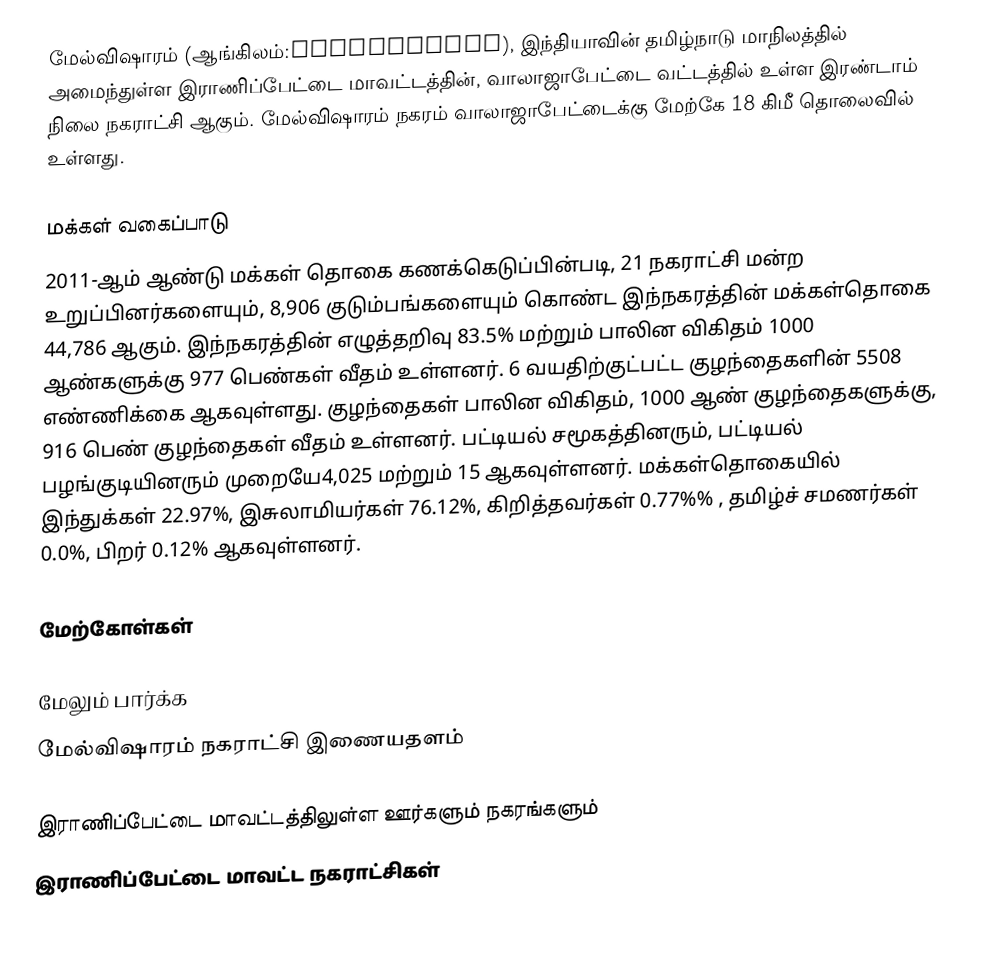
மேல்விஷாரம் (ஆங்கிலம்:Melvisharam), இந்தியாவின் தமிழ்நாடு மாநிலத்தில் அமைந்துள்ள இராணிப்பேட்டை மாவட்டத்தின், வாலாஜாபேட்டை வட்டத்தில் உள்ள இரண்டாம் நிலை நகராட்சி ஆகும். மேல்விஷாரம் நகரம் வாலாஜாபேட்டைக்கு  மேற்கே 18 கிமீ தொலைவில் உள்ளது.

மக்கள் வகைப்பாடு
2011-ஆம் ஆண்டு மக்கள் தொகை கணக்கெடுப்பின்படி, 21 நகராட்சி மன்ற உறுப்பினர்களையும், 8,906 குடும்பங்களையும் கொண்ட இந்நகரத்தின் மக்கள்தொகை 44,786  ஆகும். இந்நகரத்தின் எழுத்தறிவு 83.5% மற்றும் பாலின விகிதம் 1000 ஆண்களுக்கு 977 பெண்கள் வீதம் உள்ளனர். 6 வயதிற்குட்பட்ட குழந்தைகளின் 5508  எண்ணிக்கை ஆகவுள்ளது. குழந்தைகள் பாலின விகிதம், 1000 ஆண் குழந்தைகளுக்கு, 916 பெண் குழந்தைகள் வீதம் உள்ளனர். பட்டியல் சமூகத்தினரும், பட்டியல் பழங்குடியினரும் முறையே4,025  மற்றும் 15 ஆகவுள்ளனர். மக்கள்தொகையில் இந்துக்கள் 22.97%, இசுலாமியர்கள் 76.12%, கிறித்தவர்கள் 0.77%% , தமிழ்ச் சமணர்கள் 0.0%, பிறர் 0.12% ஆகவுள்ளனர்.

மேற்கோள்கள்

மேலும் பார்க்க
மேல்விஷாரம் நகராட்சி இணையதளம்

இராணிப்பேட்டை மாவட்டத்திலுள்ள ஊர்களும் நகரங்களும்
இராணிப்பேட்டை மாவட்ட நகராட்சிகள்